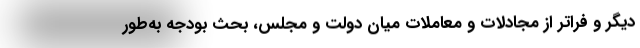
دیگر و فراتر از مجادلات و معاملات میان دولت و مجلس، بحث بودجه به‌طور